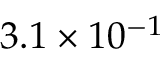
3 . 1 \times 1 0 ^ { - 1 }